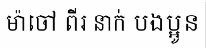
ម៉ាចៅ ពីរ នាក់ បងប្អូន